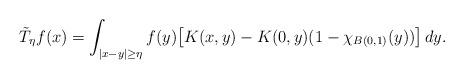
LaTeX: \begin{align*} {\tilde T}_{\eta}f(x) =\int_{|x-y|\ge\eta} f(y) \big[K(x,y)-K(0,y)(1-\chi_{B(0,1)}(y))\big] \,dy.\end{align*}